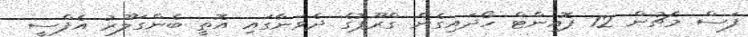
ފަސް މެޗުން 12 ޕޮއިންޓް ހޯދައިގެން ގްރޫޕުގެ ދެވަނާގައި އޮތީ ބެންގަލޫރު އެފްސީ